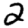
Digit: 2